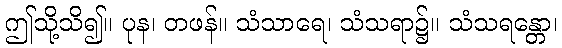
ဤသို့သိ၍။ ပုန၊ တဖန်။ သံသာရေ၊ သံသရာ၌။ သံသရန္တော၊